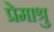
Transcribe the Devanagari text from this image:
प्रेमाश्रु